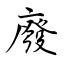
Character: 廢